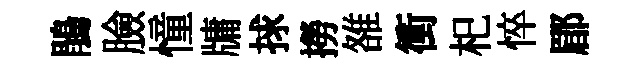
鵑臉憧牗捄撈雒衝𣏌悴郿